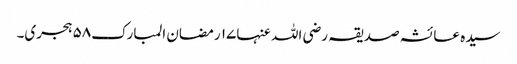
سیدہ عائشہ صدیقہ رضی اللہ عنہا١٧ رمضان المبارک٥٨ ہجری۔